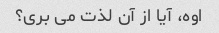
اوه، آیا از آن لذت می بری؟